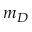
m _ { D }